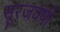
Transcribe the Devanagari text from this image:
सूरजवंषी